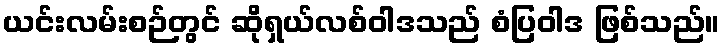
ယင်းလမ်းစဉ်တွင် ဆိုရှယ်လစ်ဝါဒသည် စံပြဝါဒ ဖြစ်သည်။